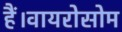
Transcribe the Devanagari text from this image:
हैं।वायरोसोम